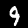
Digit: 9